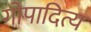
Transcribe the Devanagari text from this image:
गोपादित्य